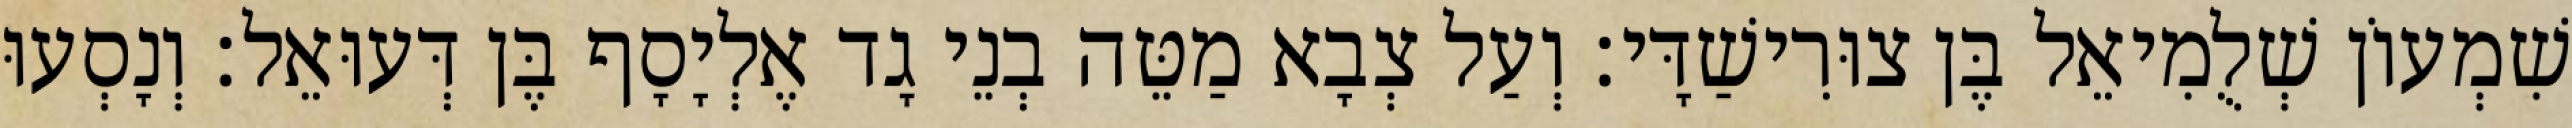
שִׁמְעוֹן שְׁלֻמִיאֵל בֶּן צוּרִישַׁדָּי׃ וְעַל צְבָא מַטֵּה בְנֵי גָד אֶלְיָסָף בֶּן דְּעוּאֵל׃ וְנָסְעוּ